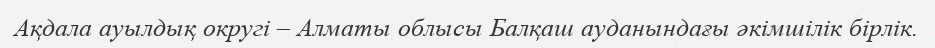
Ақдала ауылдық округі – Алматы облысы Балқаш ауданындағы әкімшілік бірлік.